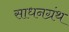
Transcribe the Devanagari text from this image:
साधनग्रंथ